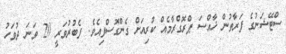
ސްޓޭޝަނުގެ ފަރާތުން ޚާއްސަ ޕްރޮގްރާމެއް ކުރިއަށް ގެންގޮސްފިއެވެ. ފެބުރުވަރީ 20 ވަނަ ދުވަހު